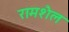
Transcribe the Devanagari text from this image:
रामशैल